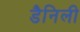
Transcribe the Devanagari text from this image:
डैनिली